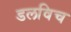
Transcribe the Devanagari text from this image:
डलविच